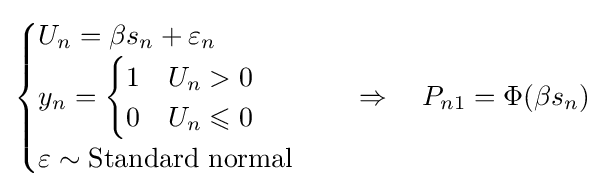
{\begin{cases}U_{n}=\beta s_{n}+\varepsilon _{n}\\y_{n}={\begin{cases}1&U_{n}>0\\0&U_{n}\leqslant 0\end{cases}}\\\varepsilon \sim {\text{Standard normal}}\end{cases}}\quad \Rightarrow \quad P_{n1}=\Phi (\beta s_{n})